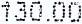
130.00